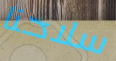
سلاحنا